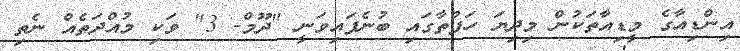
އިންޑިއާގެ މީޑިއާތަކުން މިދިޔަ ހަފުތާގައި ބުނެފައިވަނީ "ދޫމް- 3" ވަކި މުއްދަތެއް ނެތި